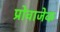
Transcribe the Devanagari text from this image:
प्रोवाजेक